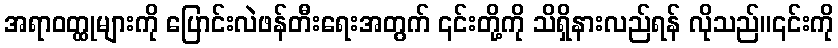
အရာဝတ္ထုများကို ပြောင်းလဲဖန်တီးရေးအတွက် ၎င်းတို့ကို သိရှိနားလည်ရန် လိုသည်။၎င်းကို